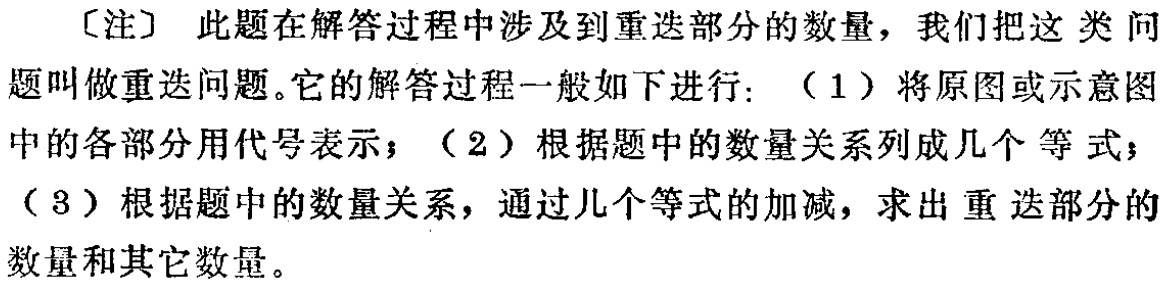
[注] 此题在解答过程中涉及到重迭部分的数量，我们把这类问题叫做重迭问题。它的解答过程一般如下进行：（1）将原图或示意图中的各部分用代号表示；（2）根据题中的数量关系列成几个等式；（3）根据题中的数量关系，通过几个等式的加减，求出重迭部分的数量和其它数量。